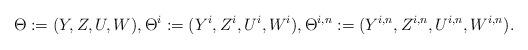
LaTeX: \begin{align*}\Theta:=(Y,Z,U,W),\Theta^{i}:=(Y^i,Z^i,U^i,W^i),\Theta^{i,n}:=(Y^{i,n},Z^{i,n},U^{i,n},W^{i,n}).\end{align*}